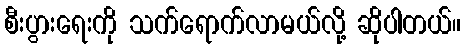
စီးပွားရေးကို သက်ရောက်လာမယ်လို့ ဆိုပါတယ်။